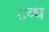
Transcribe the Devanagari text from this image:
८व्ध